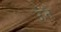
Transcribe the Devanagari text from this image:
ऊँनै